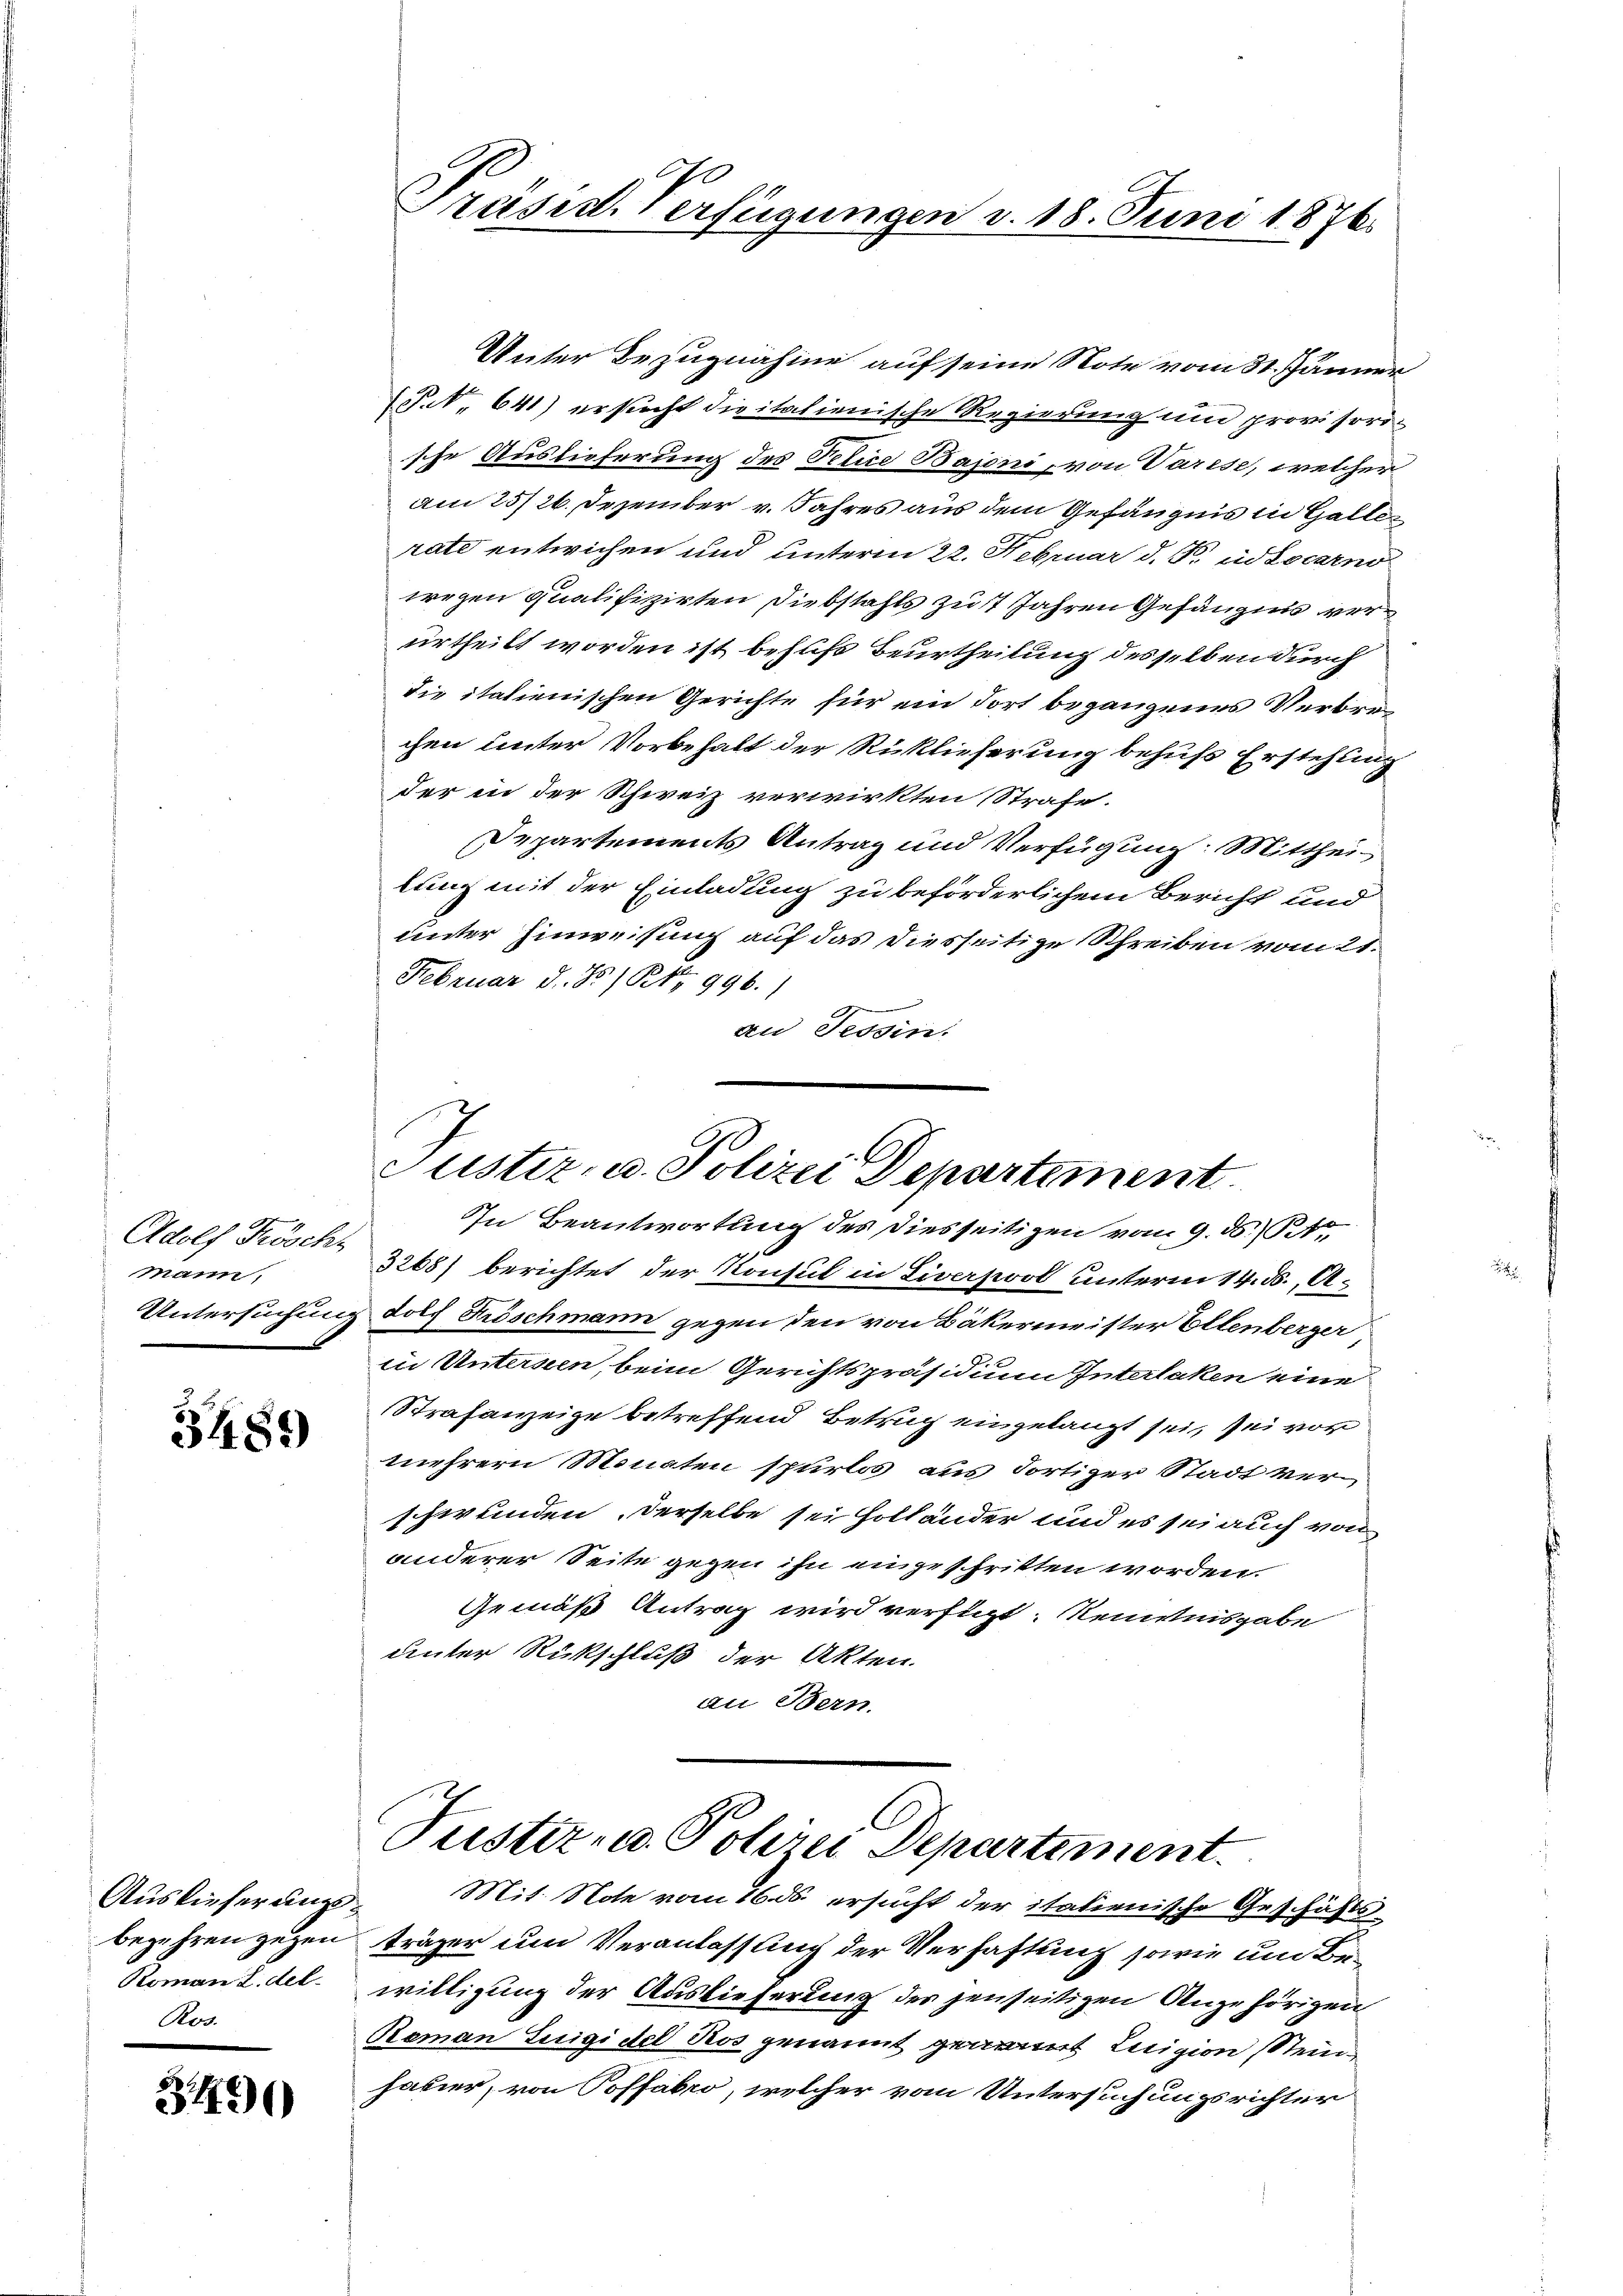
Adolf Fröscht
mann.

3489

Romann L. del.
Ros.

3400

Präsid. Verfügungen v. 18. Juni 1876.

Unter Bezugnahme auf seine Note vom 31. Jänner
(P.N. 641) ersicht dieitalienische Regierung und provisorische Auslieferung des Petice Bajoni, von Varese, welcher
am 25/26. Dezember v. Jahres aus dem Gefängnis in Halten
rate entwichen und unterm 22. Februar d. J. in Locarno
wegen qualifizirten Diebstahls zu 7 Jahren Gefängnis verurtheilt worden ist behufs Beurtheilung desselben durch
Die italienischen Gerichte für ein fort begangenes Verbrechen unter Vorbehalt der Rücklieferung behufs Erstehung
der in der Schweiz verwirkten Strafe.
Departements Antrag und Verfügung: Mittheilung mit der Einladung zu beförderlichem Bericht und
unter Einweisung auf das diesseitige Schreiben vom 21.
Februar d. 8 / Po 996.)
an Tessin.

Tuster, u. Polizei Departement
In Beantwortung des Diesseitigen vom 9. ds. St.

3268) berichtet der Konsul in Liverpool unterm 14. ds., O.
Untersuchung doch Fröschmann gegen den von Bäkermeister Ellenberger
in Untersten, beim Gerichtspräsidium Interlaken eine
Strafanzeige betreffend Betrug eingelangt sei, sei von
mehrern Monaten spurlos aus dortiger Stadt verschwunden, derselbe sei Holländer und es sei auch von
anderer Seite gegen ihn eingeschritten worden.
Gemäß Antrag wird verfügt: Reinisgabe
unter Rückschluß der Akten.
an Bern.

Justiz- u. Polizei Departement.
Auslieferungs- Mit Note vom 26. ds. ersucht der italienische Geschäftsbegehren zugen träger um Veranlassung der Verhaftung sowie um Be¬

willigung der Auslieferung des jenseitigen Angehörigen
Reman Luigi del Ros genannt genannt Luigion Steinhauer, von Poffabro, welcher vom Untersuchungsrichter